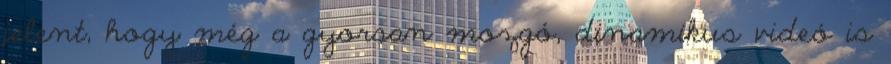
jelent, hogy még a gyorsan mozgó, dinamikus videó is